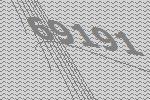
69191